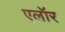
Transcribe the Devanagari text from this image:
एलॉर